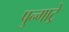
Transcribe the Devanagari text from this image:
पुन्गाट्रे